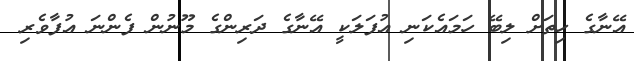
އޭނާގެ ހިތަށް ލިބޭ ހަމައެކަނި އުފަލަކީ އޭނާގެ ދަރިންގެ މޫނުން ފެންނަ އުފާވެރި